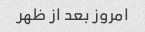
امروز بعد از ظهر